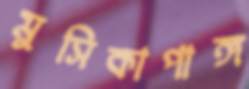
মুসিকাপাঙ্গ